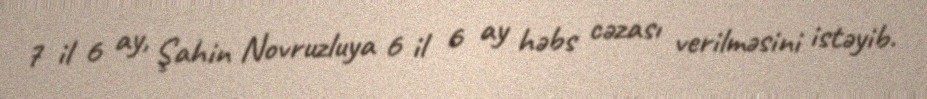
7 il 6 ay, Şahin Novruzluya 6 il 6 ay həbs cəzası verilməsini istəyib.